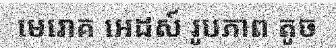
មេរោគ អេដស៍ រូបភាព តូច